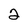
Character: 2